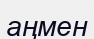
аңмен